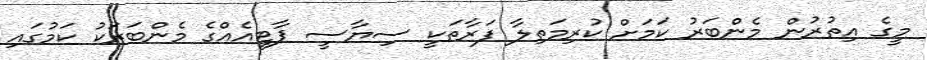
މީގެ އިތުރުން މެންބަރު ކަަމަށް ކުރިމަތިލާ ފަރާތަކީ ސިޔާސީ ޕާޓީއެއްގެ މެންބަރަކު ކަމުގައި